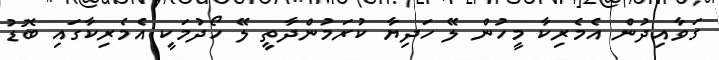
ގަވާއިދުން އެމެރިކާ މީހުން ލޭ ހަދިޔާ ކުރަމުންދާތީ ލޭ ހޯދުމަކީ އެމެރިކާގައި ބޮޑު